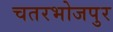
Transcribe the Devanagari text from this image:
चतरभोजपुर